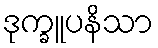
ဒုက္ခူပနိသာ